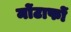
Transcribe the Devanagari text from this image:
मोंटाफों